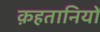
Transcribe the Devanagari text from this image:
क़हतानियों